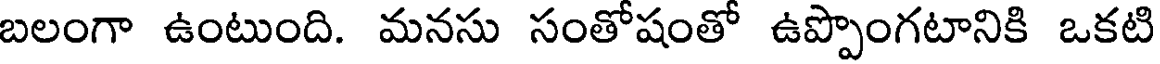
బలంగా ఉంటుంది. మనసు సంతోషంతో ఉప్పొంగటానికి ఒకటి